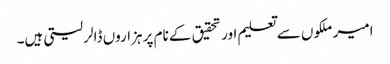
امیر ملکوں سے تعلیم اور تحقیق کے نام پر ہزاروں ڈالر لیتی ہیں۔